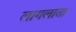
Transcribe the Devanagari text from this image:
लागलाता